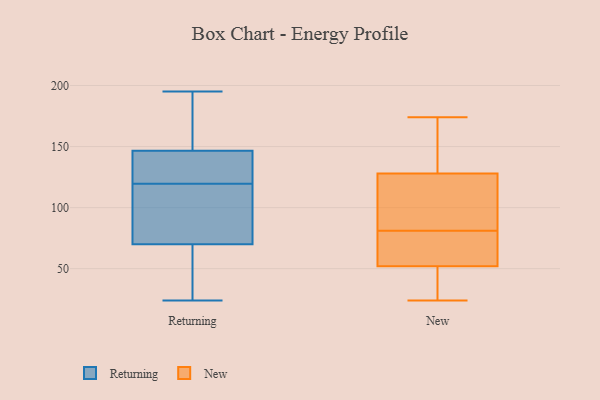
{"axis": {"x": "Energy Usage (MWh)", "y": "Value"}, "legend": ["New", "Returning"], "data": [{"x": "", "y": 102, "type": "Returning"}, {"x": "", "y": 32, "type": "Returning"}, {"x": "", "y": 135, "type": "Returning"}, {"x": "", "y": 101, "type": "Returning"}, {"x": "", "y": 183, "type": "Returning"}, {"x": "", "y": 195, "type": "Returning"}, {"x": "", "y": 24, "type": "Returning"}, {"x": "", "y": 155, "type": "Returning"}, {"x": "", "y": 115, "type": "Returning"}, {"x": "", "y": 127, "type": "Returning"}, {"x": "", "y": 188, "type": "Returning"}, {"x": "", "y": 138, "type": "Returning"}, {"x": "", "y": 96, "type": "Returning"}, {"x": "", "y": 124, "type": "Returning"}, {"x": "", "y": 44, "type": "Returning"}, {"x": "", "y": 40, "type": "Returning"}, {"x": "", "y": 64, "type": "New"}, {"x": "", "y": 174, "type": "New"}, {"x": "", "y": 124, "type": "New"}, {"x": "", "y": 128, "type": "New"}, {"x": "", "y": 81, "type": "New"}, {"x": "", "y": 142, "type": "New"}, {"x": "", "y": 48, "type": "New"}, {"x": "", "y": 47, "type": "New"}, {"x": "", "y": 128, "type": "New"}, {"x": "", "y": 24, "type": "New"}, {"x": "", "y": 73, "type": "New"}]}